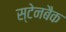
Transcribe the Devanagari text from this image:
स्टेनबैक